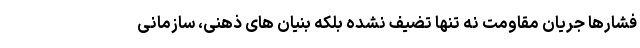
فشارها جریان مقاومت نه تنها تضیف نشده بلکه بنیان های ذهنی، سازمانی